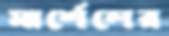
মার্শেলের